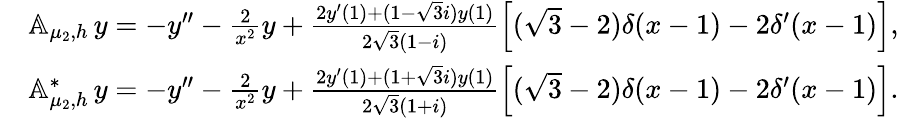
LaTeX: \begin{array}{rl}&{{\mathbb A}_{\mu_{2},h}\, y=-y^{\prime\prime}-\frac{2}{x^{2}}y+\frac{2y^{\prime}(1)+(1-{\sqrt 3}i)y(1)}{{2}{\sqrt 3}(1-i)}\left[{(\sqrt 3-2)}\delta(x-1)-2\delta^{\prime}(x-1)\right],}\\ &{{\mathbb A}_{\mu_{2},h}^{*}\, y=-y^{\prime\prime}-\frac{2}{x^{2}}y+\frac{2y^{\prime}(1)+(1+{\sqrt 3}i)y(1)}{{2}{\sqrt 3}(1+i)}\left[{(\sqrt 3-2)}\delta(x-1)-2\delta^{\prime}(x-1)\right].}\end{array}